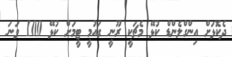
ދެކޮޅަށް އިންގްލެންޑް ކުޅޭ މެޗަކީ ރޫނީ ގައުމީ ޓީމަށް ކުޅޭ 100 ވަނަ